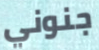
جنوني